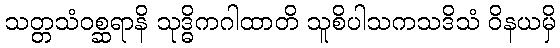
သတ္တသံဝစ္ဆရာနိ သုဒ္ဓိကဂါထာတိ သူစိပါသကသဒိသံ ဝိနယမှိ